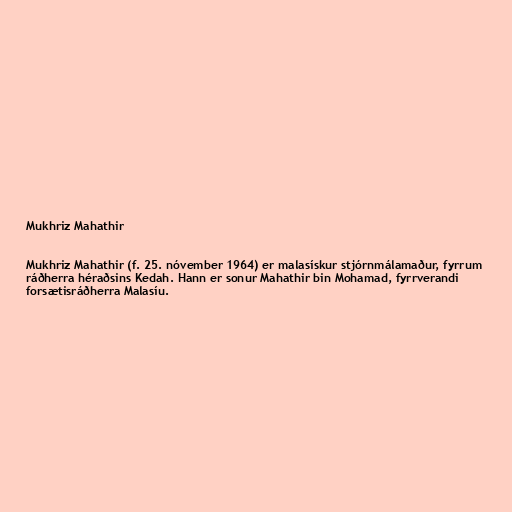
Mukhriz Mahathir

Mukhriz Mahathir (f. 25. nóvember 1964) er malasískur stjórnmálamaður, fyrrum
ráðherra héraðsins Kedah. Hann er sonur Mahathir bin Mohamad, fyrrverandi
forsætisráðherra Malasíu.